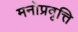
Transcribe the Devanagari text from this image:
मनोप्रवृत्ति